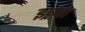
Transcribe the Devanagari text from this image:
इष्र्या